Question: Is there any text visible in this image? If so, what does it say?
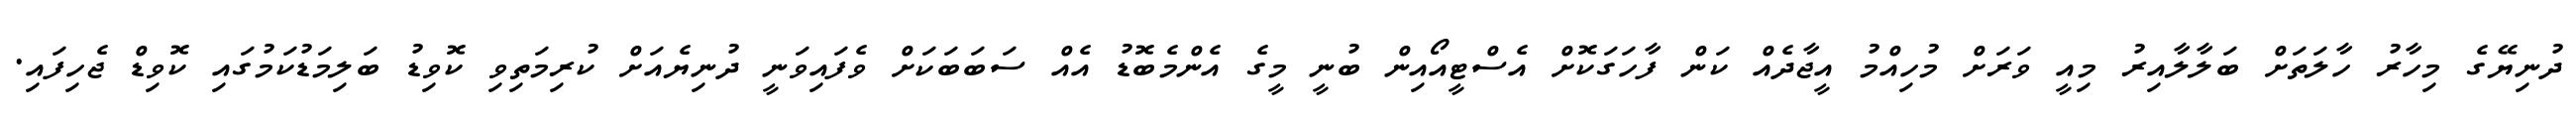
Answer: ދުނިޔޭގެ މިހާރު ހާލަތަށް ބަލާލާއިރު މިއީ ވަރަށް މުހިއްމު އީޖާދެއް ކަން ފާހަގަކޮށް އެސްޓީއޯއިން ބުނީ މީގެ އެންމެބޮޑު އެއް ސަބަބަކަށް ވެފައިވަނީ ދުނިޔެއަށް ކުރިމަތިވި ކޮވިޑު ބަލިމަޑުކަމުގައި ކޮވިޑް ޖެހިފައި.